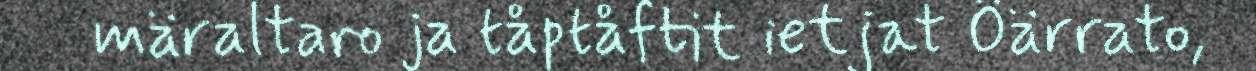
märaltaro ja tåptåftit ietjat Öärrato,